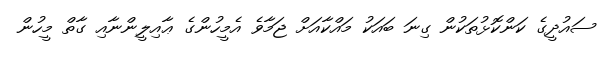
ސައުދީގެ ކަންކޮޅުތަކުން ގިނަ ބައަކު މައްކާއަށް ޖަމާވެ އެމީހުންގެ ޢާއިލީންނާއި ގާތް މީހުން